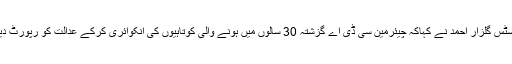
جسٹس گلزار احمد نے کہاکہ چیئرمین سی ڈی اے گزشتہ 30 سالوں میں ہونے والی کوتاہیوں کی انکوائری کرکے عدالت کو رپورٹ دیں۔